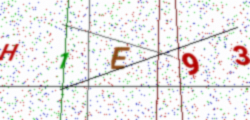
Text: H1E93